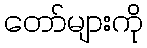
တော်များကို